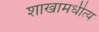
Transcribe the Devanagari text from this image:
शाखामधीत्य